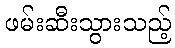
ဖမ်းဆီးသွားသည့်